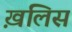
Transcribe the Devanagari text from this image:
ख़लिस